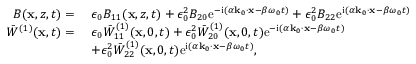
\begin{array} { r l } { B ( \mathbf { x } , z , t ) = ~ } & { \epsilon _ { 0 } B _ { 1 1 } ( \mathbf { x } , z , t ) + \epsilon _ { 0 } ^ { 2 } B _ { 2 0 } \mathrm { e } ^ { - \mathrm { i } ( \alpha \mathbf { k } _ { 0 } \cdot \mathbf { x } - \beta \omega _ { 0 } t ) } + \epsilon _ { 0 } ^ { 2 } B _ { 2 2 } \mathrm { e } ^ { \mathrm { i } ( \alpha \mathbf { k } _ { 0 } \cdot \mathbf { x } - \beta \omega _ { 0 } t ) } } \\ { \bar { W } ^ { ( 1 ) } ( \mathbf { x } , t ) = ~ } & { \epsilon _ { 0 } \bar { W } _ { 1 1 } ^ { ( 1 ) } ( \mathbf { x } , 0 , t ) + \epsilon _ { 0 } ^ { 2 } \bar { W } _ { 2 0 } ^ { ( 1 ) } ( \mathbf { x } , 0 , t ) \mathrm { e } ^ { - \mathrm { i } ( \alpha \mathbf { k } _ { 0 } \cdot \mathbf { x } - \beta \omega _ { 0 } t ) } } \\ & { + \epsilon _ { 0 } ^ { 2 } \bar { W } _ { 2 2 } ^ { ( 1 ) } ( \mathbf { x } , 0 , t ) \mathrm { e } ^ { \mathrm { i } ( \alpha \mathbf { k } _ { 0 } \cdot \mathbf { x } - \beta \omega _ { 0 } t ) } , } \end{array}